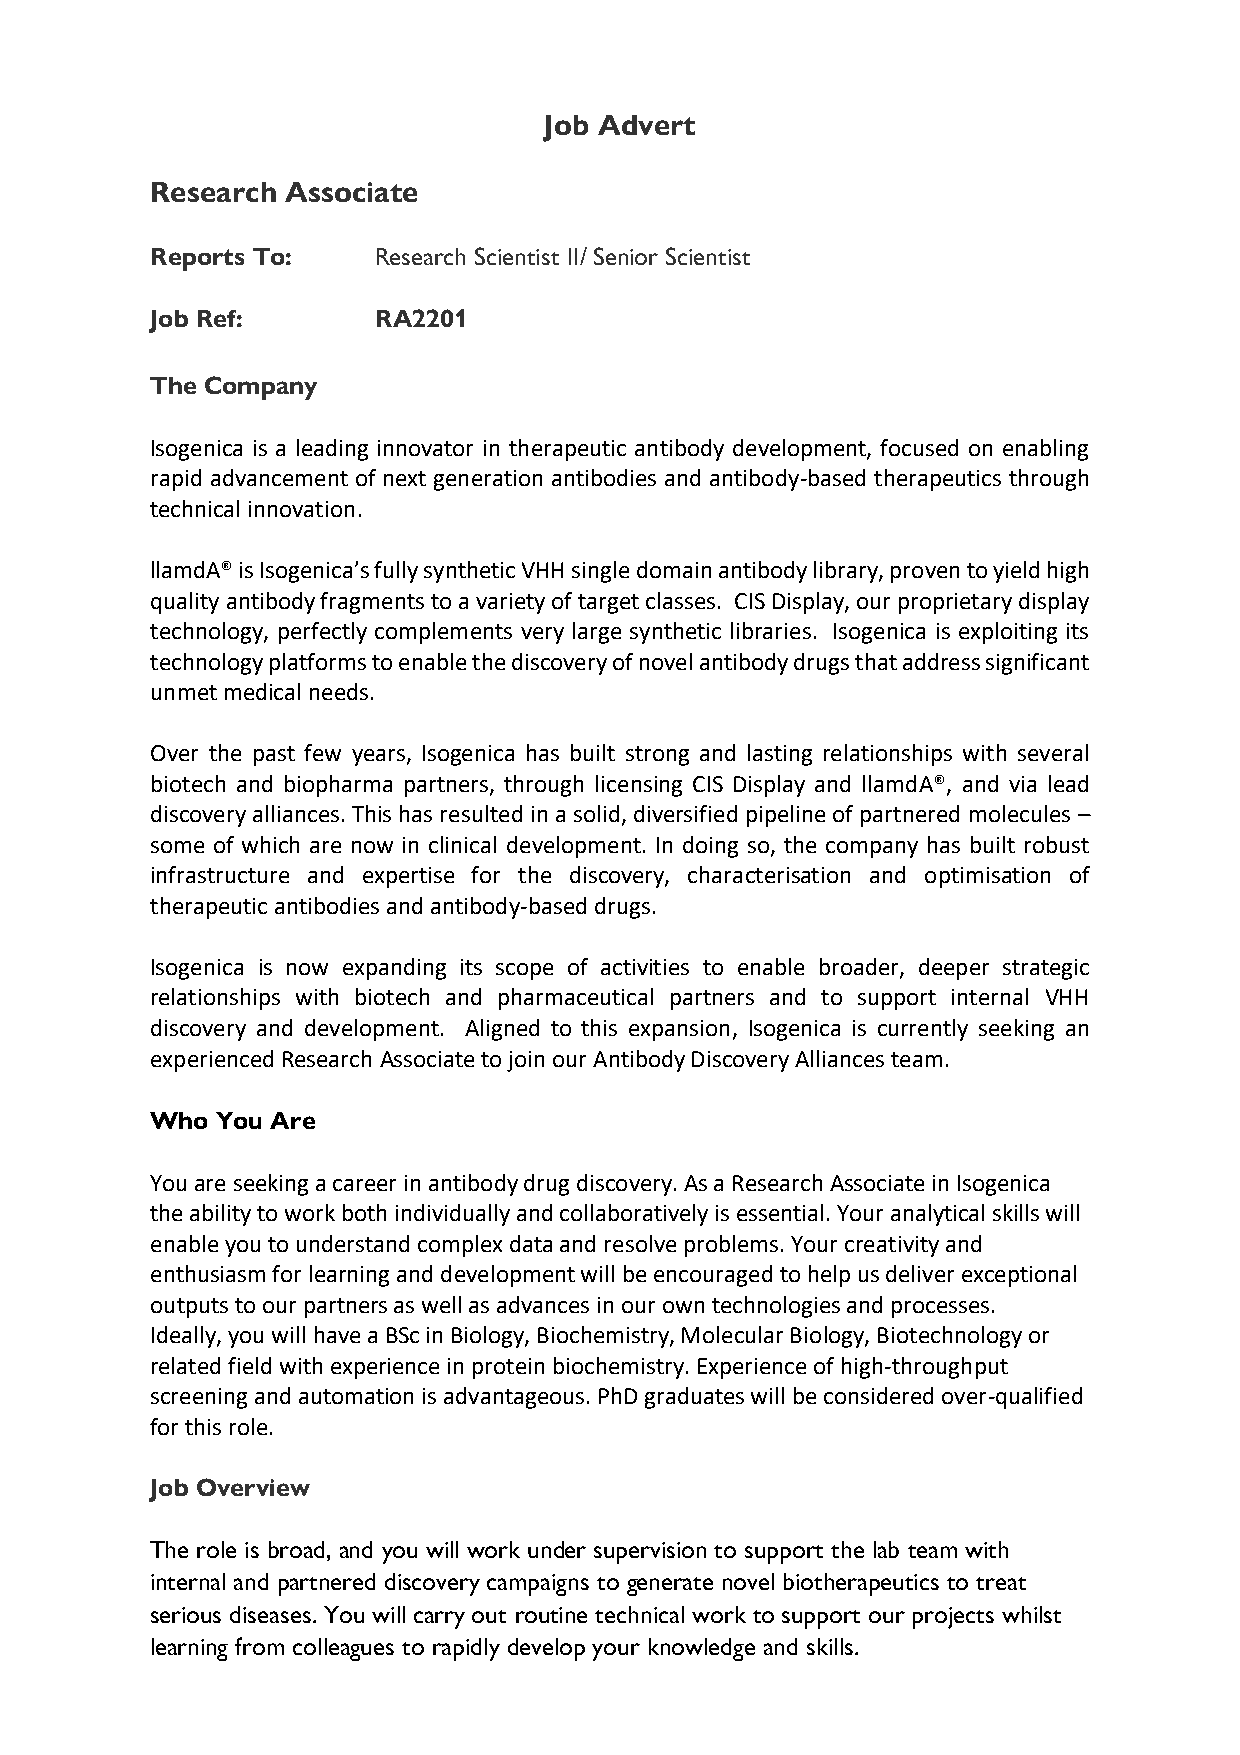
Job Advert
 Research Associate
 Reports To:    Research Scientist II/ Senior Scientist
 Job Ref:       RA2201
 The Company
 Isogenica is a leading innovator in therapeutic antibody development, focused on enabling
 rapid advancement of next generation antibodies and antibody-based therapeutics through
 technical innovation.
 llamdA® is Isogenica’s fully synthetic VHH single domain antibody library, proven to yield high
 quality antibody fragments to a variety of target classes. CIS Display, our proprietary display
 technology, perfectly complements very large synthetic libraries. Isogenica is exploiting its
 technology platforms to enable the discovery of novel antibody drugs that address significant
 unmet medical needs.
 Over the past few years, Isogenica has built strong and lasting relationships with several
 biotech and biopharma partners, through licensing CIS Display and llamdA®, and via lead
 discovery alliances. This has resulted in a solid, diversified pipeline of partnered molecules –
 some of which are now in clinical development. In doing so, the company has built robust
 infrastructure and expertise for the discovery, characterisation and optimisation of
 therapeutic antibodies and antibody-based drugs.
 Isogenica is now expanding its scope of activities to enable broader, deeper strategic
 relationships with biotech and pharmaceutical partners and to support internal VHH
 discovery and development. Aligned to this expansion, Isogenica is currently seeking an
 experienced Research Associate to join our Antibody Discovery Alliances team.
 Who You Are
 You are seeking a career in antibody drug discovery. As a Research Associate in Isogenica
 the ability to work both individually and collaboratively is essential. Your analytical skills will
 enable you to understand complex data and resolve problems. Your creativity and
 enthusiasm for learning and development will be encouraged to help us deliver exceptional
 outputs to our partners as well as advances in our own technologies and processes.
 Ideally, you will have a BSc in Biology, Biochemistry, Molecular Biology, Biotechnology or
 related field with experience in protein biochemistry. Experience of high-throughput
 screening and automation is advantageous. PhD graduates will be considered over-qualified
 for this role.
 Job Overview
 The role is broad, and you will work under supervision to support the lab team with
 internal and partnered discovery campaigns to generate novel biotherapeutics to treat
 serious diseases. You will carry out routine technical work to support our projects whilst
 learning from colleagues to rapidly develop your knowledge and skills.